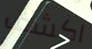
اكشف